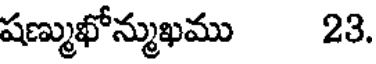
షణ్ముఖోన్ముఖము 23.